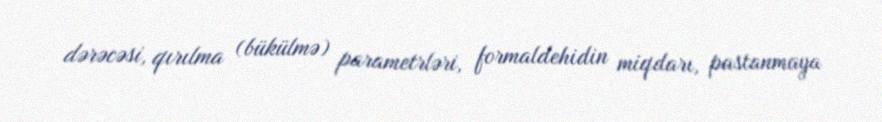
dərəcəsi, qırılma (bükülmə) parametrləri, formaldehidin miqdarı, pastanmaya